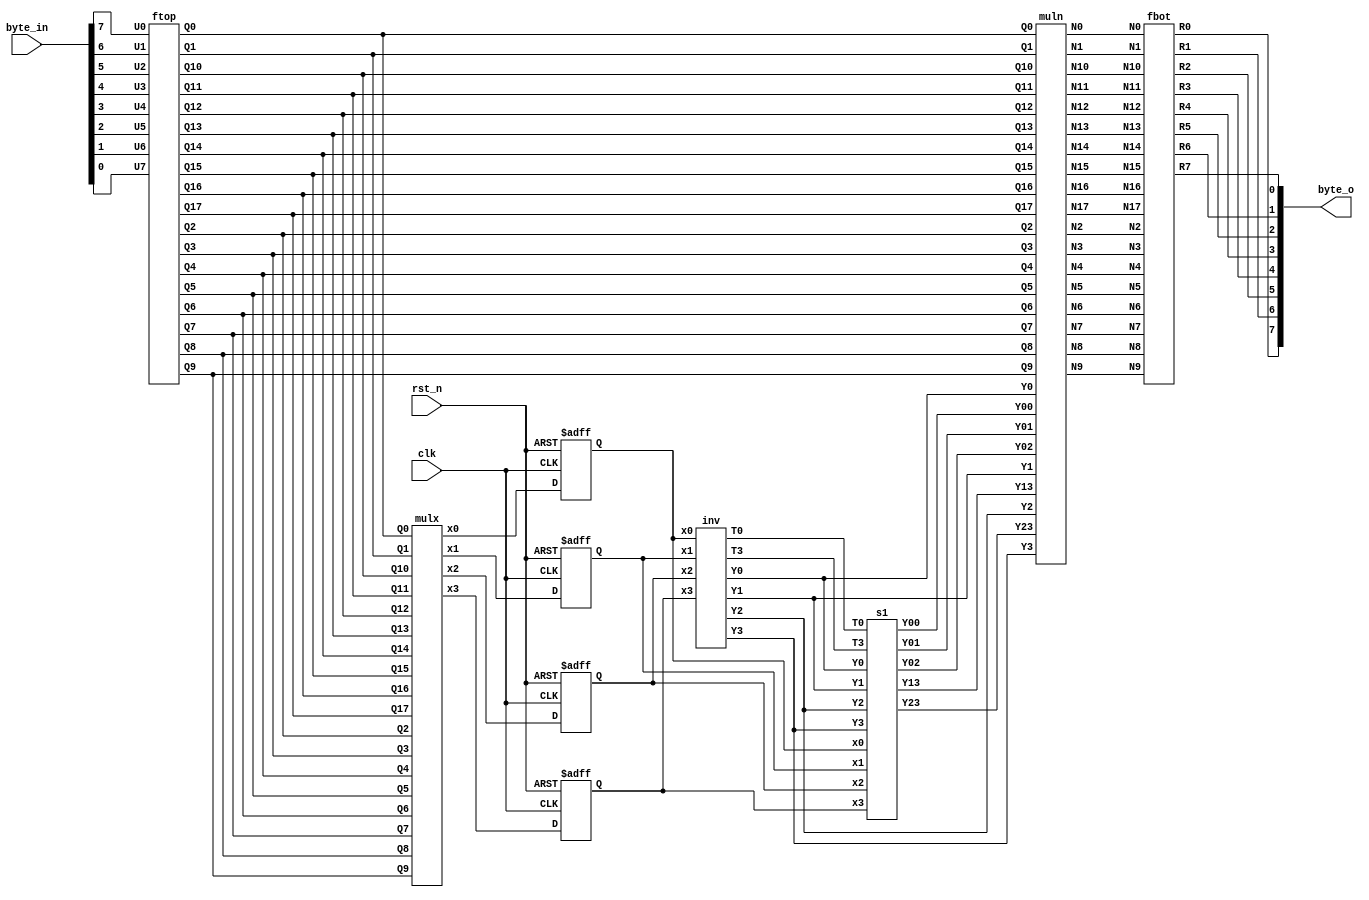
// Trade off version

module SubBytes_pipe (
    output [7:0] byte_o,
    input [7:0] byte_in,
    input clk,
    input rst_n
);
    // Top Signal
    wire U0, U1, U2, U3, U4, U5, U6, U7;
    wire R0, R1, R2, R3, R4, R5, R6, R7;

    assign U0 = byte_in[7];
    assign U1 = byte_in[6];
    assign U2 = byte_in[5];
    assign U3 = byte_in[4];
    assign U4 = byte_in[3];
    assign U5 = byte_in[2];
    assign U6 = byte_in[1];
    assign U7 = byte_in[0];

    assign byte_o = {R0, R1, R2, R3, R4, R5, R6, R7};
     
    // All signals
    wire Q0, Q1, Q2, Q3, Q4, Q5, Q6, Q7, Q8, Q9, Q10, Q11, Q12, Q13, Q14, Q15, Q16, Q17;
    wire x0, x1, x2, x3;
    wire Y00, Y01, Y02, Y13, Y23, Y0, Y1, Y2, Y3;
    wire N0, N1, N2, N3, N4, N5, N6, N7, N8, N9, N10, N11, N12, N13, N14, N15, N16, N17;
    wire T0, T3;

    // ftop 
    ftop ftop_inst (
        .U0(U0), .U1(U1), .U2(U2), .U3(U3), .U4(U4), .U5(U5), .U6(U6), .U7(U7),
        .Q0(Q0), .Q1(Q1), .Q2(Q2), .Q3(Q3), .Q4(Q4), .Q5(Q5), .Q6(Q6), .Q7(Q7),
        .Q8(Q8), .Q9(Q9), .Q10(Q10), .Q11(Q11), .Q12(Q12), .Q13(Q13), .Q14(Q14), .Q15(Q15),
        .Q16(Q16), .Q17(Q17)
    );

    // mulx
    mulx mulx_inst (
        .Q0(Q0), .Q1(Q1), .Q2(Q2), .Q3(Q3), .Q4(Q4), .Q5(Q5), .Q6(Q6), .Q7(Q7), .Q8(Q8), .Q9(Q9),
        .Q10(Q10), .Q11(Q11), .Q12(Q12), .Q13(Q13), .Q14(Q14), .Q15(Q15), .Q16(Q16), .Q17(Q17),
        .x0(x0), .x1(x1), .x2(x2), .x3(x3)
    );

    // Insert pipeline
    reg pipe_x0, pipe_x1, pipe_x2, pipe_x3;
    always @(posedge clk or negedge rst_n) begin
       if (~rst_n) begin
            pipe_x0 <= 1'b0;
            pipe_x1 <= 1'b0;
            pipe_x2 <= 1'b0;
            pipe_x3 <= 1'b0;
       end
       else begin
            pipe_x0 <= x0;
            pipe_x1 <= x1;
            pipe_x2 <= x2;
            pipe_x3 <= x3;
       end
    end

    // inv
    inv inv_inst (
        .x0(pipe_x0), .x1(pipe_x1), .x2(pipe_x2), .x3(pipe_x3),
        .T0(T0), .T3(T3),
        .Y0(Y0), .Y1(Y1), .Y2(Y2), .Y3(Y3)
    );

    // s1
    s1 s1_inst (
        .x0(pipe_x0), .x1(pipe_x1), .x2(pipe_x2), .x3(pipe_x3), .T0(T0), .T3(T3),
        .Y0(Y0), .Y1(Y1), .Y2(Y2), .Y3(Y3),
        .Y00(Y00), .Y01(Y01), .Y02(Y02), .Y13(Y13), .Y23(Y23)
    );

    // muln
    muln muln_inst (
        .Y00(Y00), .Y01(Y01), .Y02(Y02), .Y0(Y0), .Y1(Y1), .Y2(Y2), .Y3(Y3), .Y13(Y13), .Y23(Y23),
        .Q0(Q0), .Q1(Q1), .Q2(Q2), .Q3(Q3), .Q4(Q4), .Q5(Q5), .Q6(Q6), .Q7(Q7),
        .Q8(Q8), .Q9(Q9), .Q10(Q10), .Q11(Q11), .Q12(Q12), .Q13(Q13), .Q14(Q14), .Q15(Q15), .Q16(Q16), .Q17(Q17),
        .N0(N0), .N1(N1), .N2(N2), .N3(N3), .N4(N4), .N5(N5), .N6(N6), .N7(N7),
        .N8(N8), .N9(N9), .N10(N10), .N11(N11), .N12(N12), .N13(N13), .N14(N14), .N15(N15), .N16(N16), .N17(N17)
    );

    // fbot
    fbot fbot_inst (
        .N0(N0), .N1(N1), .N2(N2), .N3(N3), .N4(N4), .N5(N5), .N6(N6), .N7(N7),
        .N8(N8), .N9(N9), .N10(N10), .N11(N11), .N12(N12), .N13(N13), .N14(N14), .N15(N15), .N16(N16), .N17(N17),
        .R0(R0), .R1(R1), .R2(R2), .R3(R3), .R4(R4), .R5(R5), .R6(R6), .R7(R7)
    );

endmodule


module SubBytes (
    output [7:0] byte_o,
    input [7:0] byte_in
);
    // Top Signal
    wire U0, U1, U2, U3, U4, U5, U6, U7;
    wire R0, R1, R2, R3, R4, R5, R6, R7;

    assign U0 = byte_in[7];
    assign U1 = byte_in[6];
    assign U2 = byte_in[5];
    assign U3 = byte_in[4];
    assign U4 = byte_in[3];
    assign U5 = byte_in[2];
    assign U6 = byte_in[1];
    assign U7 = byte_in[0];

    assign byte_o = {R0, R1, R2, R3, R4, R5, R6, R7};
     
    // 
    wire Q0, Q1, Q2, Q3, Q4, Q5, Q6, Q7, Q8, Q9, Q10, Q11, Q12, Q13, Q14, Q15, Q16, Q17;
    wire x0, x1, x2, x3;
    wire Y00, Y01, Y02, Y13, Y23, Y0, Y1, Y2, Y3;
    wire N0, N1, N2, N3, N4, N5, N6, N7, N8, N9, N10, N11, N12, N13, N14, N15, N16, N17;
    wire T0, T3;

    //  ftop 
    ftop ftop_inst (
        .U0(U0), .U1(U1), .U2(U2), .U3(U3), .U4(U4), .U5(U5), .U6(U6), .U7(U7),
        .Q0(Q0), .Q1(Q1), .Q2(Q2), .Q3(Q3), .Q4(Q4), .Q5(Q5), .Q6(Q6), .Q7(Q7),
        .Q8(Q8), .Q9(Q9), .Q10(Q10), .Q11(Q11), .Q12(Q12), .Q13(Q13), .Q14(Q14), .Q15(Q15),
        .Q16(Q16), .Q17(Q17)
    );

    //  mulx 
    mulx mulx_inst (
        .Q0(Q0), .Q1(Q1), .Q2(Q2), .Q3(Q3), .Q4(Q4), .Q5(Q5), .Q6(Q6), .Q7(Q7), .Q8(Q8), .Q9(Q9),
        .Q10(Q10), .Q11(Q11), .Q12(Q12), .Q13(Q13), .Q14(Q14), .Q15(Q15), .Q16(Q16), .Q17(Q17),
        .x0(x0), .x1(x1), .x2(x2), .x3(x3)
    );

    //  inv 
    inv inv_inst (
        .x0(x0), .x1(x1), .x2(x2), .x3(x3),
        .T0(T0), .T3(T3),
        .Y0(Y0), .Y1(Y1), .Y2(Y2), .Y3(Y3)
    );

    //  s1 
    s1 s1_inst (
        .x0(x0), .x1(x1), .x2(x2), .x3(x3), .T0(T0), .T3(T3),
        .Y0(Y0), .Y1(Y1), .Y2(Y2), .Y3(Y3),
        .Y00(Y00), .Y01(Y01), .Y02(Y02), .Y13(Y13), .Y23(Y23)
    );

    //  muln 
    muln muln_inst (
        .Y00(Y00), .Y01(Y01), .Y02(Y02), .Y0(Y0), .Y1(Y1), .Y2(Y2), .Y3(Y3), .Y13(Y13), .Y23(Y23),
        .Q0(Q0), .Q1(Q1), .Q2(Q2), .Q3(Q3), .Q4(Q4), .Q5(Q5), .Q6(Q6), .Q7(Q7),
        .Q8(Q8), .Q9(Q9), .Q10(Q10), .Q11(Q11), .Q12(Q12), .Q13(Q13), .Q14(Q14), .Q15(Q15), .Q16(Q16), .Q17(Q17),
        .N0(N0), .N1(N1), .N2(N2), .N3(N3), .N4(N4), .N5(N5), .N6(N6), .N7(N7),
        .N8(N8), .N9(N9), .N10(N10), .N11(N11), .N12(N12), .N13(N13), .N14(N14), .N15(N15), .N16(N16), .N17(N17)
    );

    //  fbot 
    fbot fbot_inst (
        .N0(N0), .N1(N1), .N2(N2), .N3(N3), .N4(N4), .N5(N5), .N6(N6), .N7(N7),
        .N8(N8), .N9(N9), .N10(N10), .N11(N11), .N12(N12), .N13(N13), .N14(N14), .N15(N15), .N16(N16), .N17(N17),
        .R0(R0), .R1(R1), .R2(R2), .R3(R3), .R4(R4), .R5(R5), .R6(R6), .R7(R7)
    );

endmodule

// ftop.a
module ftop (
    input  wire U0, U1, U2, U3, U4, U5, U6, U7,
    output wire Q0, Q1, Q2, Q3, Q4, Q5, Q6, Q7, Q8, Q9, Q10, Q11, Q12, Q13, Q14, Q15, Q16, Q17
);

    wire Z6, Z9, Z66, Z80, Z114;
    // Intermediate computations
    assign Z6 = U1 ^ U2;
    assign Q12 = Z6 ^ U3;
    assign Q11 = U4 ^ U5;
    assign Q0 = Q12 ^ Q11;
    assign Z9 = U0 ^ U3;
    assign Z80 = U4 ^ U6;
    assign Q1 = Z9 ^ Z80;
    assign Q7 = Z6 ^ U7;
    assign Q2 = Q1 ^ Q7;
    assign Q3 = Q1 ^ U7;
    assign Q13 = U5 ^ Z80;
    assign Q5 = Q12 ^ Q13;
    assign Z66 = U1 ^ U6;
    assign Z114 = Q11 ^ Z66;
    assign Q6 = U7 ^ Z114;
    assign Q8 = Q1 ^ Z114;
    assign Q9 = Q7 ^ Z114;
    assign Q10 = U2 ^ Q13;
    assign Q16 = Z9 ^ Z66;
    assign Q14 = Q16 ^ Q13;
    assign Q15 = U0 ^ U2;
    assign Q17 = Z9 ^ Z114;
    assign Q4 = U7;

endmodule

// mulx.a
module mulx (
    input wire Q0, Q1, Q2, Q3, Q4, Q5, Q6, Q7, Q8, Q9, Q10, Q11, Q12, Q13, Q14, Q15, Q16, Q17,
    output wire x0, x1, x2, x3
);

    wire T20, T21, T22, T10, T11, T12, T13;

    // Intermediate computations
    assign T20 = ~(Q6 & Q12); // NAND
    assign T21 = ~(Q3 & Q14); // NAND
    assign T22 = ~(Q1 & Q16); // NAND
    assign T10 = (~(Q3 | Q14)) ^ (~(Q0 & Q7)); // NOR ^ NAND
    assign T11 = (~(Q4 | Q13)) ^ (~(Q10 & Q11)); // NOR ^ NAND
    assign T12 = (~(Q2 | Q17)) ^ (~(Q5 & Q9)); // NOR ^ NAND
    assign T13 = (~(Q8 | Q15)) ^ (~(Q2 & Q17)); // NOR ^ NAND

    // Outputs
    assign x0 = T10 ^ (T20 ^ T22);
    assign x1 = T11 ^ (T21 ^ T20);
    assign x2 = T12 ^ (T21 ^ T22);
    assign x3 = T13 ^ (T21 ^ (~(Q4 & Q13))); // NAND

endmodule

// inv.a
module inv (
    input wire x0, x1, x2, x3,
    output wire T0, T3,
    output wire Y0, Y1, Y2, Y3
);
    wire T1, T2, T4;

    // Intermediate computations
    assign T0 = ~(x0 & x2); // NAND
    assign T1 = ~(x1 | x3); // NOR
    assign T2 = ~(T0 ^ T1); // XNOR
    assign Y0 = (x2 & T2) | (~x2 & x3); // MUX
    assign Y2 = (x0 & T2) | (~x0 & x1); // MUX
    assign T3 = (x1 & x2) | (~x1 & 1); // MUX
    assign Y1 = (T2 & x3) | (~T2 & T3); // MUX
    assign T4 = (x3 & x0) | (~x3 & 1); // MUX
    assign Y3 = (T2 & x1) | (~T2 & T4); // MUX

endmodule


// s1.a
module s1 (
    input wire x0, x1, x2, x3,
    input wire T0, T3,
    input wire Y0, Y1, Y2, Y3,
    output wire Y00, Y01, Y02, Y13, Y23
);

    wire T5, T6;

    // Intermediate computations
    assign T5 = (x0 & T0) | (~x0 & x3); // MUX
    assign Y23 = (x1 & T5) | (~x1 & x0); // MUX
    assign T6 = ~((T3 & x2) | (~T3 & x3)); // NMUX
    assign Y01 = ~((T0 & T6) | (~T0 & x3)); // NMUX

    // Outputs
    assign Y02 = Y2 ^ Y0;
    assign Y13 = Y3 ^ Y1;
    assign Y00 = Y01 ^ Y23;

endmodule

// muln.a
module muln (
    input wire Y00, Y01, Y02, Y0, Y1, Y2, Y3, Y13, Y23,
    input wire Q0, Q1, Q2, Q3, Q4, Q5, Q6, Q7, Q8, Q9, Q10, Q11, Q12, Q13, Q14, Q15, Q16, Q17,
    output wire N0, N1, N2, N3, N4, N5, N6, N7, N8, N9, N10, N11, N12, N13, N14, N15, N16, N17
);

    // Intermediate computations
    assign N0 = ~(Y01 & Q11); // NAND
    assign N1 = ~(Y0 & Q12);  // NAND
    assign N2 = ~(Y1 & Q0);   // NAND
    assign N3 = ~(Y23 & Q17); // NAND
    assign N4 = ~(Y2 & Q5);   // NAND
    assign N5 = ~(Y3 & Q15);  // NAND
    assign N6 = ~(Y13 & Q14); // NAND
    assign N7 = ~(Y00 & Q16); // NAND
    assign N8 = ~(Y02 & Q13); // NAND
    assign N9 = ~(Y01 & Q7);  // NAND
    assign N10 = ~(Y0 & Q10); // NAND
    assign N11 = ~(Y1 & Q6);  // NAND
    assign N12 = ~(Y23 & Q2); // NAND
    assign N13 = ~(Y2 & Q9);  // NAND
    assign N14 = ~(Y3 & Q8);  // NAND
    assign N15 = ~(Y13 & Q3); // NAND
    assign N16 = ~(Y00 & Q1); // NAND
    assign N17 = ~(Y02 & Q4); // NAND

endmodule

// fbot.a
module fbot (
    input  wire N0, N1, N2, N3, N4, N5, N6, N7, N8, N9, N10, N11, N12, N13, N14, N15, N16, N17,
    output wire R0, R1, R2, R3, R4, R5, R6, R7
);

    wire H0, H1, H2, H3, H4, H5, H6, H7, H8, H9, H10, H11, H12, H13, H14, H15, H16, H17, H18, H19, H20, H21, H22, H23;

    // Intermediate computations
    assign H0 = N3 ^ N8;
    assign H1 = N5 ^ N6;
    assign H2 = ~(H0 ^ H1);  // XNOR
    assign H3 = N1 ^ N4;
    assign H4 = N9 ^ N10;
    assign H5 = N13 ^ N14;
    assign H6 = N15 ^ H4;
    assign H7 = N0 ^ H3;
    assign H8 = N17 ^ H5;
    assign H9 = N3 ^ H7;
    assign H10 = N15 ^ N17;
    assign H11 = N9 ^ N11;
    assign H12 = N12 ^ N14;
    assign H13 = N1 ^ N2;
    assign H14 = N5 ^ N16;
    assign H15 = N7 ^ H11;
    assign H16 = H10 ^ H11;
    assign H17 = N16 ^ H8;
    assign H18 = H6 ^ H8;
    assign H19 = H10 ^ H12;
    assign H20 = N2 ^ H3;
    assign H21 = H6 ^ H14;
    assign H22 = N8 ^ H12;
    assign H23 = H13 ^ H15;

    // Outputs
    assign R0 = ~(H16 ^ H2); // XNOR
    assign R1 = H2;
    assign R2 = ~(H20 ^ H21); // XNOR
    assign R3 = ~(H17 ^ H2);  // XNOR
    assign R4 = ~(H18 ^ H2);  // XNOR
    assign R5 = H22 ^ H23;
    assign R6 = ~(H19 ^ H9);  // XNOR
    assign R7 = ~(H9 ^ H18);  // XNOR

endmodule